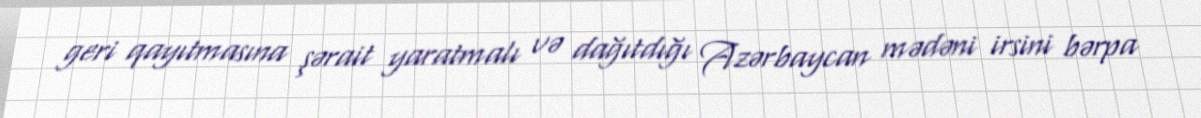
geri qayıtmasına şərait yaratmalı və dağıtdığı Azərbaycan mədəni irsini bərpa